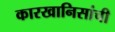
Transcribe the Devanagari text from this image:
कारखानिसांची